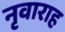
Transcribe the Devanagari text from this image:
नृवाराह